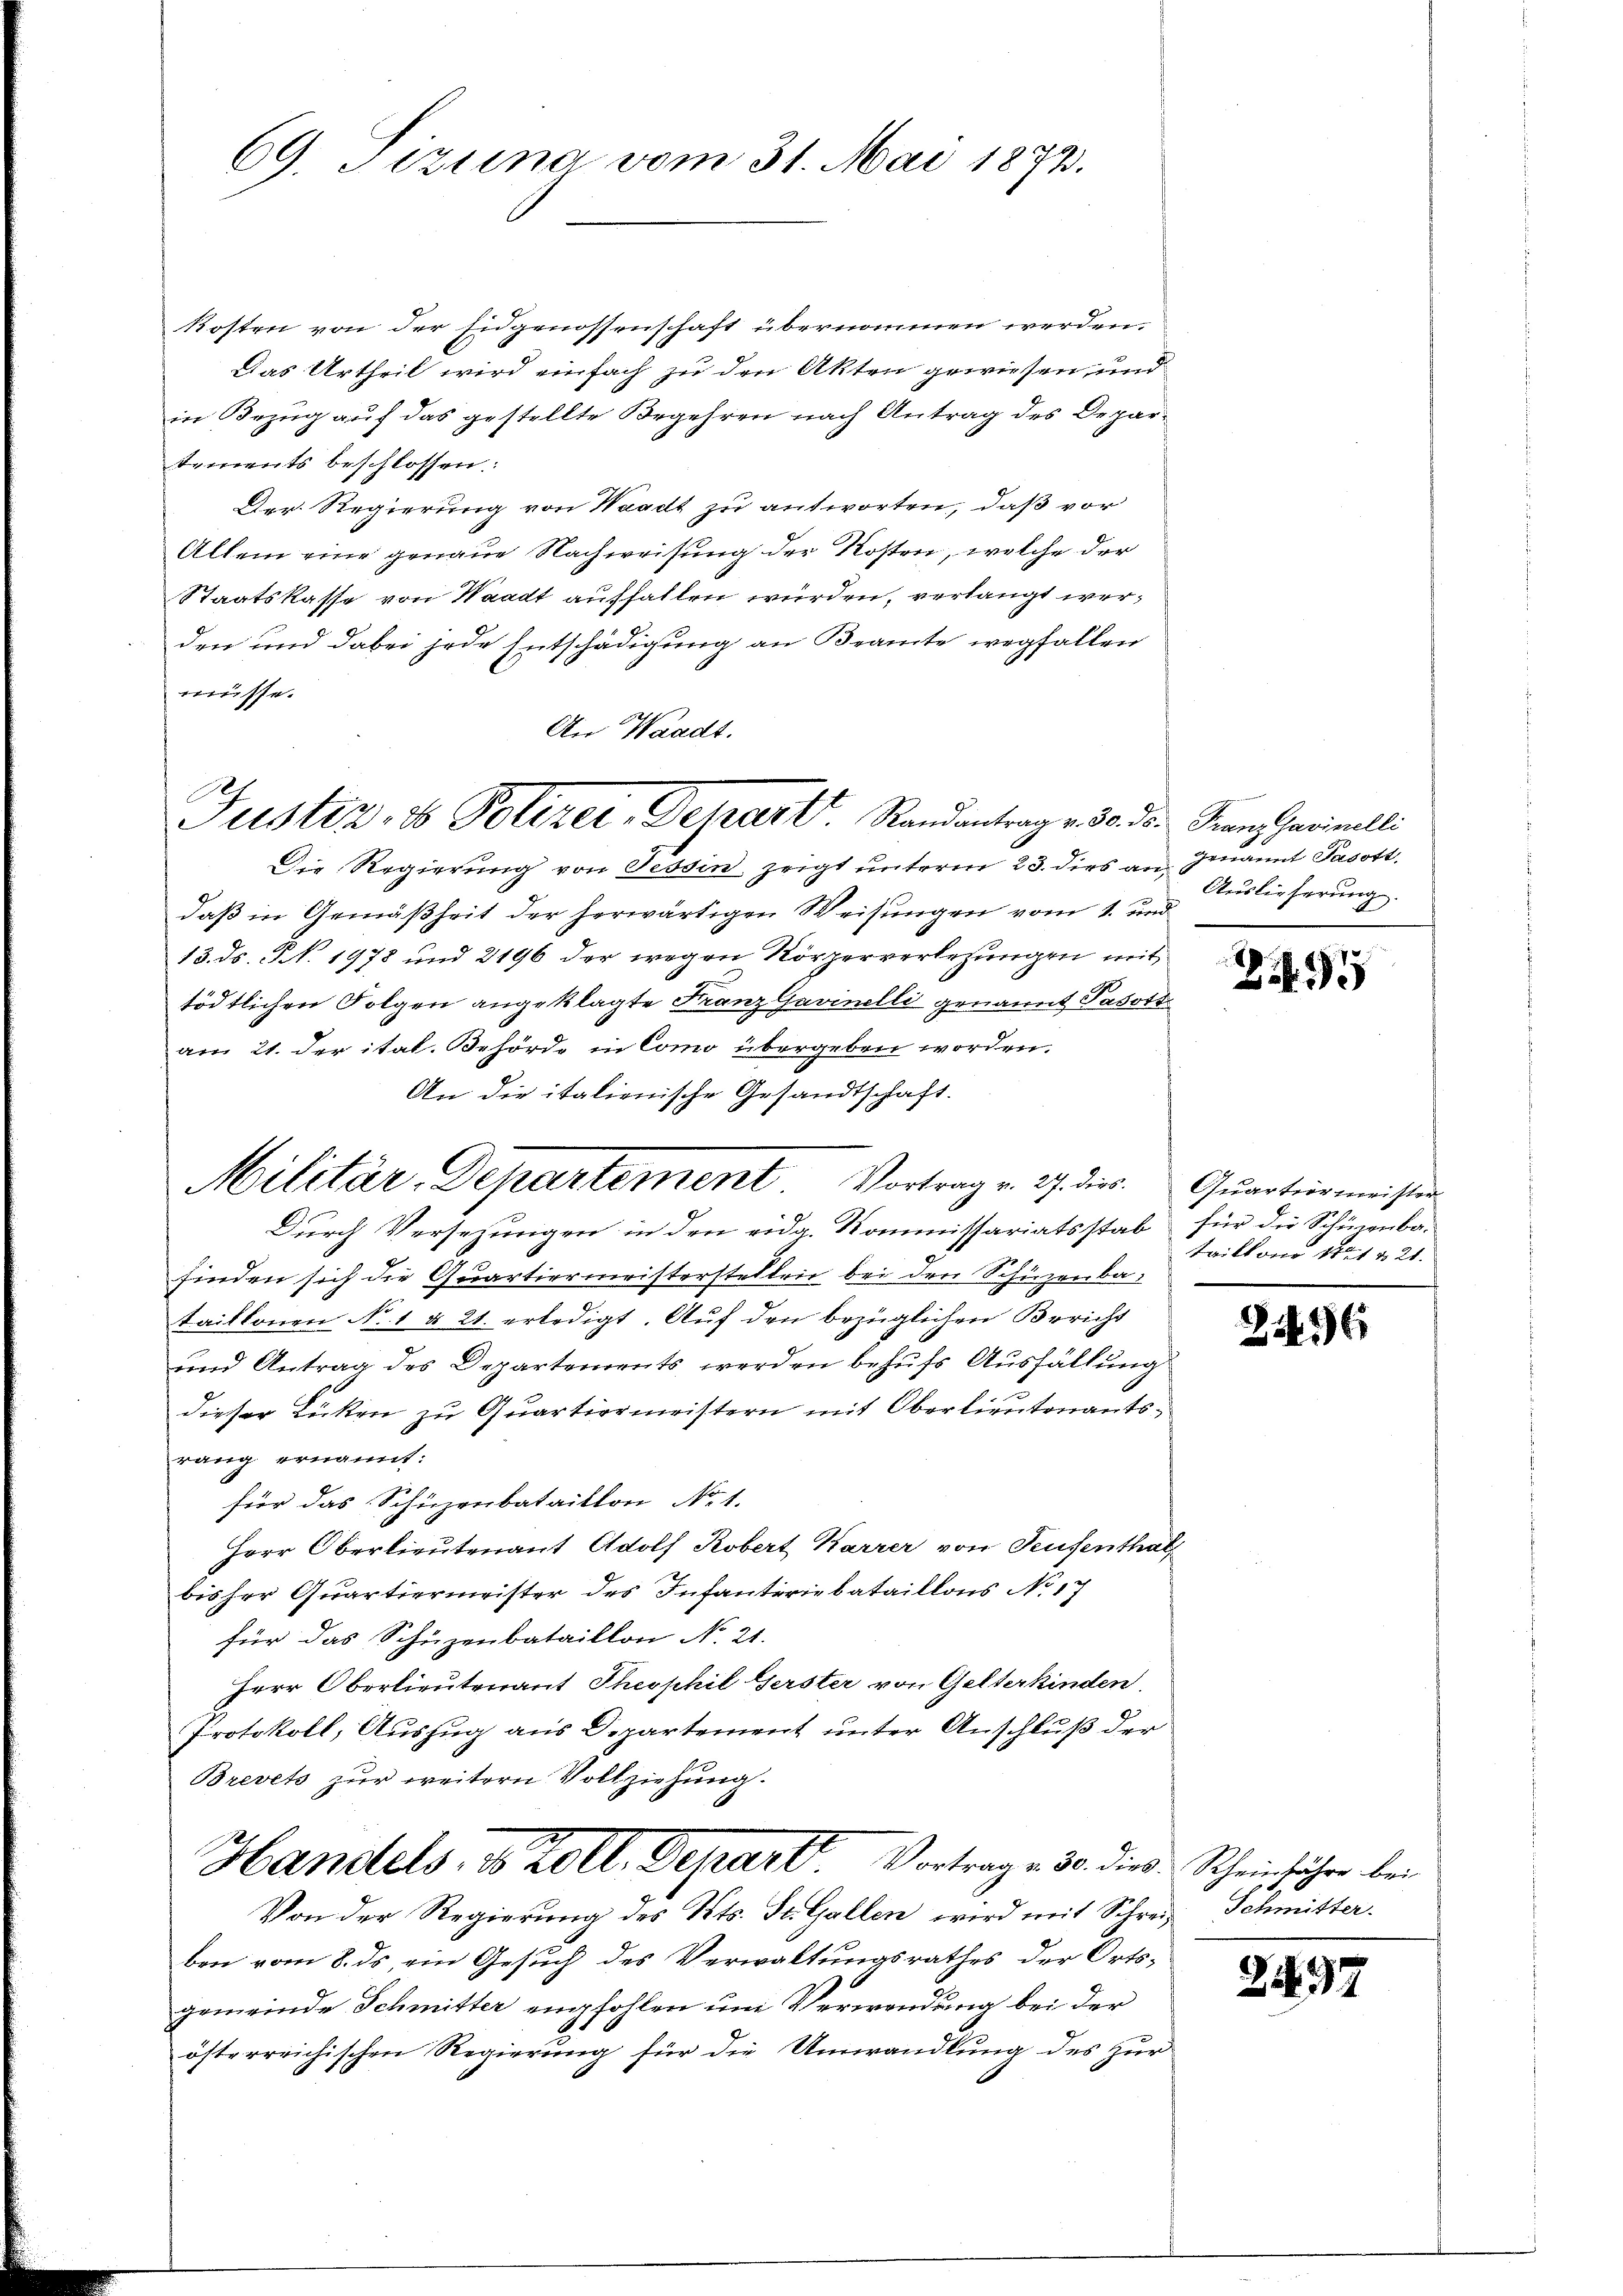
69. Sizung vom 31. Mai 1873.

kosten von der Eidgenossenschaft übernommen werden.
Das Urtheil wird einfach zu den Akten gewiesen, und
in Bezug auf das gestellte Begehren nach Antrag des Departements beschlossen:
Der Regierung von Waadt zu antworten, daß vor
Altem eine genaue Nachweisung der Kosten, welche der
Staatskasse von Waadt auffallen würden, verlangt werden und dabei jede Entschädigung an Beamte wegfallen
müsse.
An Waadt.
Die Regierung von Tessin, zeigt unterm 23. dies an Genannt Pasott.
daß in Gemäßheit der herwärtigen Weisungen vom 1. und
13. ds. N. 1978 und 2196 der wegen Körperverletzungen mit
tödtlichen Folgen angeklagte Franz Gavinelli genannt Pasort
am 21. der ital. Behörde in Como übergeben worden.
An die italienische Gesandtschaft.
Durch Versehungen in den eidg. Kommissariatsstab für die Schönenba
finden sich die Quartiermeisterstellen bei den Schüzenba-
taillonen No 1 § 21. erledigt. Auf den bezüglichen Bericht
und Antrag des Departements werden behufs Ausfällung
dieser Lücken zu Quartiermeistern mit Oberlieutenantsrang ernannt:
für das Schüzenbataillon No. 1.
Herr Oberlieutenant Adolf Robert Karrer von Teufenthal
bisher Quartiermeister des Infanteriebataillons No 17
für das Schüzenbataillon No. 21.
Herr Oberlieutenant Theophil Gerster von Gelterkinden.
Protokoll, Auszug aus Departement unter Anschluß der
Brevets zur weitern Vollziehung.
Handels, do Zoll. Depart. Vortrage 30. die
Von der Regierung des Kts. St. Gallen wird mit Schrei Schmitter
ben vom 8. ds, ein Gesuch des Verwaltungsrathes der Orts-
gemeinde Schmitter empfohlen um Verwendung bei der
österreichischen Regierung für die Umwandlung des zur

Justiz- & Polizer, Dehart. Randantrag v. 30. dr. Franz Harinelli

Militär-Departement Vortrag v. 3. dies

Auslieferung.

295

Quartiermeister
tritt vor No 1 & 21.
c

246

Rheinfahre bei.

2497